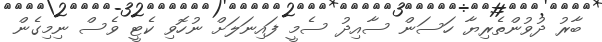
ބާރު ދުވުންތެރިޔާ ހަސަން ސާއިދު ސެމީ ފައިނަލަށް ނުހޮވި ކެޓީ ވެސް ނިމިގެން